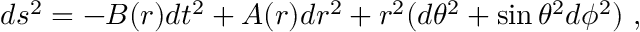
d s ^ { 2 } = - B ( r ) d t ^ { 2 } + A ( r ) d r ^ { 2 } + r ^ { 2 } ( d \theta ^ { 2 } + \sin \theta ^ { 2 } d \phi ^ { 2 } ) \ ,